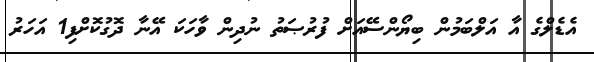
އެޑެލްގެ އާ އަލްބަމުން ބިޔޯންސޭއަށް ފުރުޞަތު ނުދިން ވާހަކަ އޭނާ ދޮގުކޮށްފި1 އަހަރު